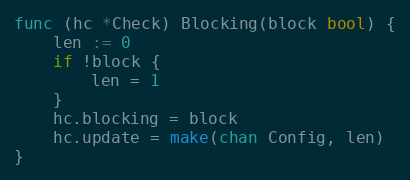
Language: Go
func (hc *Check) Blocking(block bool) {
	len := 0
	if !block {
		len = 1
	}
	hc.blocking = block
	hc.update = make(chan Config, len)
}